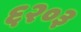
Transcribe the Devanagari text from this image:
६२०३